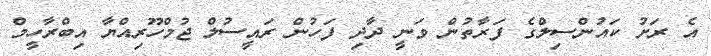
އެ ރަށު ކައުންސިލްގެ ފަރާތުން ވަނީ ދާދި ފަހުން ރައީސުލް ޖުމްހޫރިއްޔާ އިބްރާހީމް